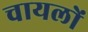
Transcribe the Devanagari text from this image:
चायलों